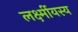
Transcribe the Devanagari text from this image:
लर्क्ष्मीयस्य